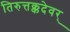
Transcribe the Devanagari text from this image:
तिरुत्तक्कदेवर्